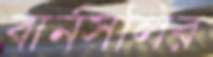
বার্নসলির